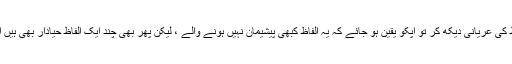
ایسے الفاظ کہ چند ایک تو گھٹیا کے زمرے سے بھی تجاوزکر چکے ہیں، الفاظ کی عریانی دیکھ کر تو آپکو یقین ہو جائے کہ یہ الفاظ کبھی پیشیمان نہیں ہونے والے ، لیکن پھر بھی چند ایک الفاظ حیادار بھی ہیں اور وفادار بھی ہیں اور رہی بات وضع داری کی تو وہ یقینا نظر آ ہی رہی ہوگی۔